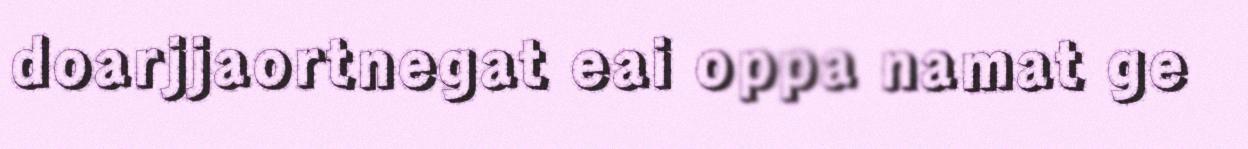
doarjjaortnegat eai oppa namat ge